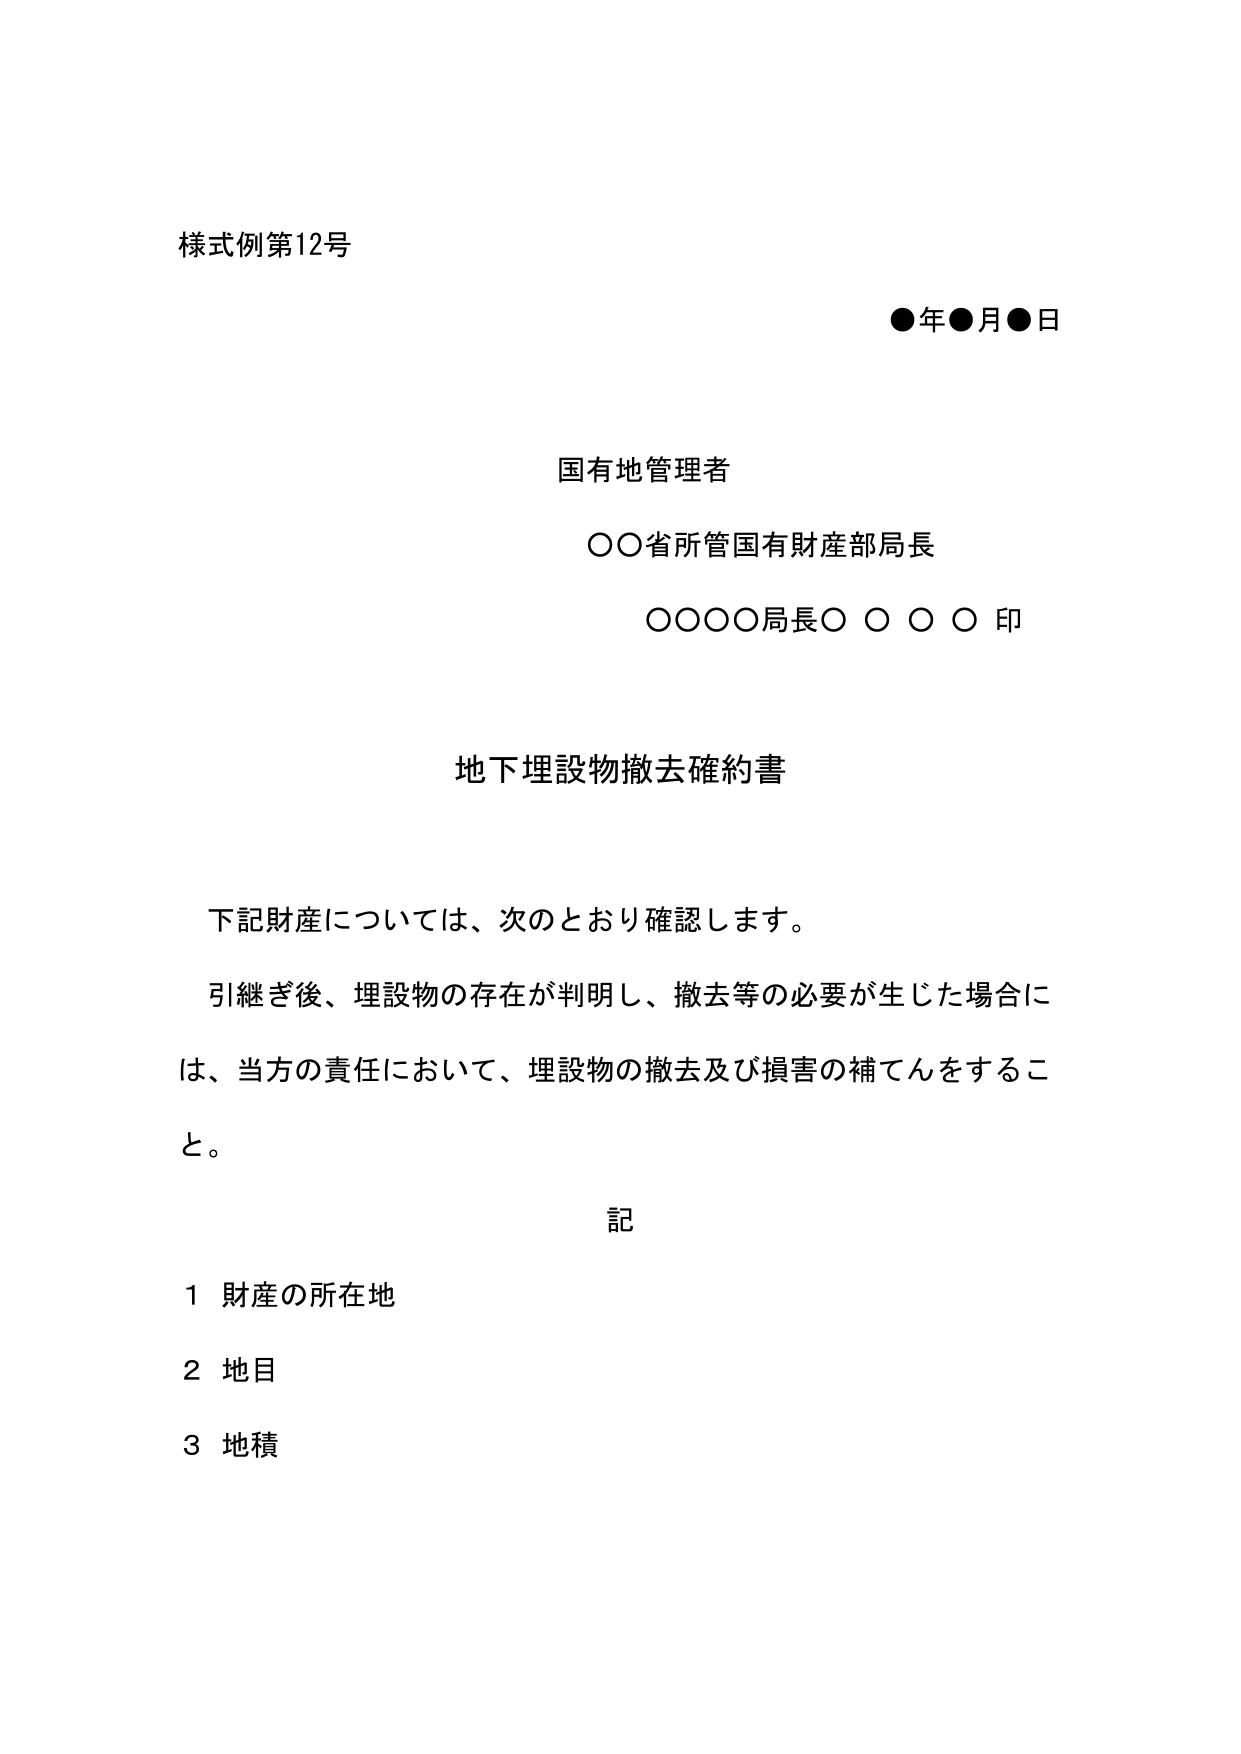
様式例第12号

●年●月●日

国有地管理者
○○省所管国有財産部局長
○○○○局長○ ○ ○ ○ 印

地下埋設物撤去確約書

下記財産については、次のとおり確認します。
引継ぎ後、埋設物の存在が判明し、撤去等の必要が生じた場合には、当方の責任において、埋設物の撤去及び損害の補てんをするこ
と。

記
1 財産の所在地
2 地目
3 地積